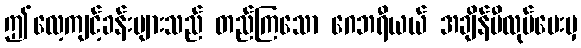
ဤလေ့ကျင့်ခန်းများသည် တည်ကြသော ဂေဘရီယယ် အချိန်မီလုပ်ပေးမှ